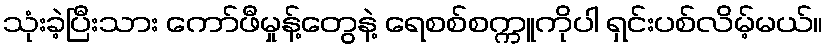
သုံးခဲ့ပြီးသား ကော်ဖီမှုန့်တွေနဲ့ ရေစစ်စက္ကူကိုပါ ရှင်းပစ်လိမ့်မယ်။